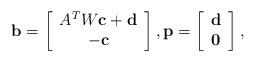
LaTeX: \begin{align*} {\bf b}=\left[\begin{array}{c}A^{T}W{\bf c}+{\bf d}\\-{\bf c}\\\end{array} \right],{\bf p}=\left[ \begin{array}{c}{\bf d} \\{\bf 0} \\\end{array} \right],\end{align*}